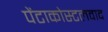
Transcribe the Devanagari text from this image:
पेंटाकोस्टलवाद